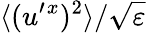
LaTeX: \langle{(u^{\prime}{}^{x})^{2}}\rangle/\sqrt{\varepsilon}